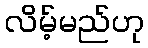
လိမ့်မည်ဟု